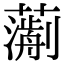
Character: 𧁄